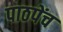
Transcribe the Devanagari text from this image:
पाठपेंच